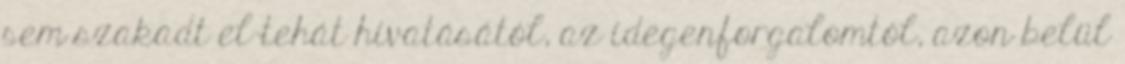
sem szakadt el tehát hivatásától, az idegenforgalomtól, azon belül